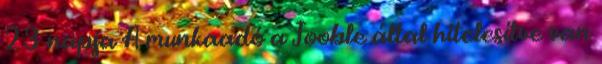
23 napja A munkaadó a Jooble által hitelesítve van